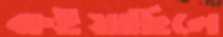
ক্ষইয়াছিলে